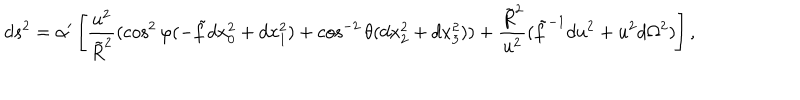
LaTeX: d s ^ { 2 } = \alpha ^ { \prime } \left[ \frac { u ^ { 2 } } { \tilde { R } ^ { 2 } } ( \cos ^ { 2 } \varphi ( - \tilde { f } d x _ { 0 } ^ { 2 } + d x _ { 1 } ^ { 2 } ) + \cos ^ { - 2 } \theta ( d x _ { 2 } ^ { 2 } + d x _ { 3 } ^ { 2 } ) ) + \frac { \tilde { R } ^ { 2 } } { u ^ { 2 } } ( \tilde { f } ^ { - 1 } d u ^ { 2 } + u ^ { 2 } d \Omega ^ { 2 } ) \right] ,